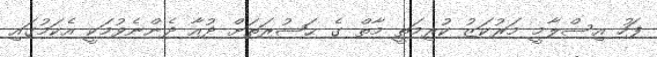
ފަހު އިސްލާމީ މަރުކަޒު ކުރިމަތީ މާތް ގެ ޙަޟުރަތަށް ދުއާ ދެންނެވުމަކީ އެކަމުގައި